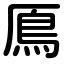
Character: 鳫